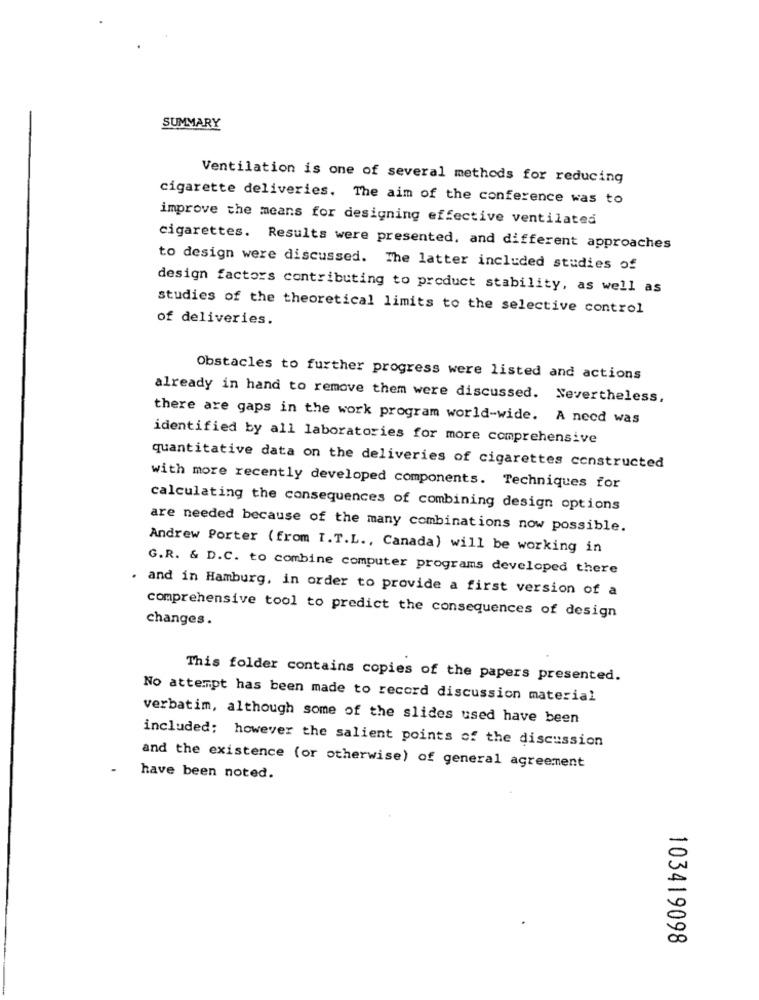
SUMMARY
Ventilation is one of several methods for reducing
cigarette deliveries. The aim of the conference was to
improve the means for designing effective ventilated
cigarettes. Results were presented, and different approaches
to design were discussed. The latter included studies of
design factors contributing to product stability, as well as
studies of the theoretical limits to the selective control
of deliveries.
Obstacles to further progress were listed and actions
already in hand to remove them were discussed. Nevertheless,
there are gaps in the work program world-wide. A necd was
identified by all laboratories for more comprehensive
quantitative data on the deliveries of cigarettes constructed
with more recently developed components. Techniques for
calculating the consequences of combining design options
are needed because of the many combinations now possible.
Andrew Porter (from I.T.L ., Canada) will be working in
G.R. & D.C. to combine computer programs developed there
. and in Hamburg, in order to provide a first version of a
changes.
comprehensive tool to predict the consequences of design
This folder contains copies of the papers presented.
No attempt has been made to record discussion material
verbatim, although some of the slides used have been
included; however the salient points of the discussion
and the existence (or otherwise) of general agreement
have been noted.
103419098